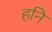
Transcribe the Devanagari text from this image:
हनि